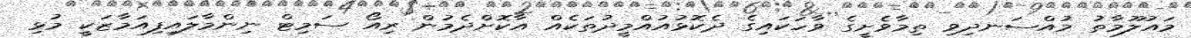
މައުލޫމާތު މުއްސަނދިވި ތިމާވެށީގެ ވާހަކައިގެ ދެކޮޅުއުއްމީދުތަކެއް އާކޮށްދެމުން ރިއޯ ސަމިޓް ނިންމާލައިފިއަމާޒަކީ މުޅި